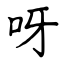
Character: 呀